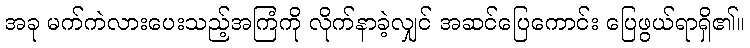
အခု မက်ကဲလားပေးသည့်အကြံကို လိုက်နာခဲ့လျှင် အဆင်ပြေကောင်း ပြေဖွယ်ရာရှိ၏။